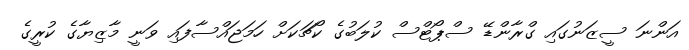
އަންނަ ސީޒަނުގައި ގްރާންޑޭ ސްޕޯޓްސް ކުލަބުގެ ކޯޗަކަށް ހަމަޖައްސާފައި ވަނީ މާޒިޔާގެ ކުރީގެ